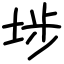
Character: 埗